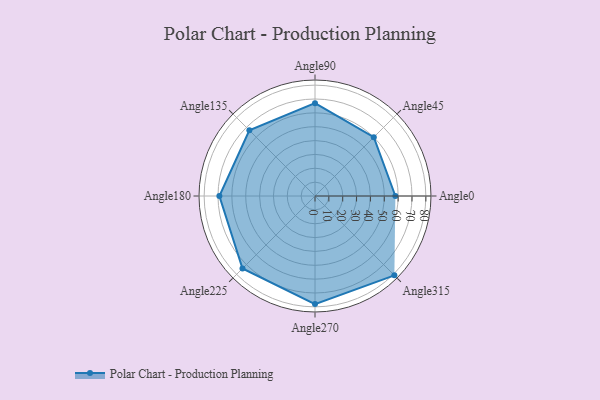
{"axis": {"x": "Angle", "y": "Radius"}, "legend": [""], "data": [{"x": "Angle0", "y": 58.0, "type": ""}, {"x": "Angle45", "y": 60.0, "type": ""}, {"x": "Angle90", "y": 67.0, "type": ""}, {"x": "Angle135", "y": 67.0, "type": ""}, {"x": "Angle180", "y": 69.0, "type": ""}, {"x": "Angle225", "y": 74.0, "type": ""}, {"x": "Angle270", "y": 78.0, "type": ""}, {"x": "Angle315", "y": 81.0, "type": ""}]}